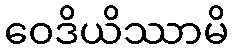
ဝေဒိယိဿာမိ